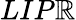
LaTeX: LIP\mathbb{R}